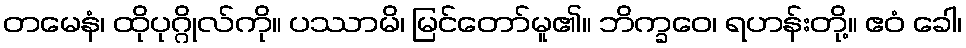
တမေနံ၊ ထိုပုဂ္ဂိုလ်ကို။ ပဿာမိ၊ မြင်တော်မူ၏။ ဘိက္ခဝေ၊ ရဟန်းတို့။ ဧဝံ ခေါ၊